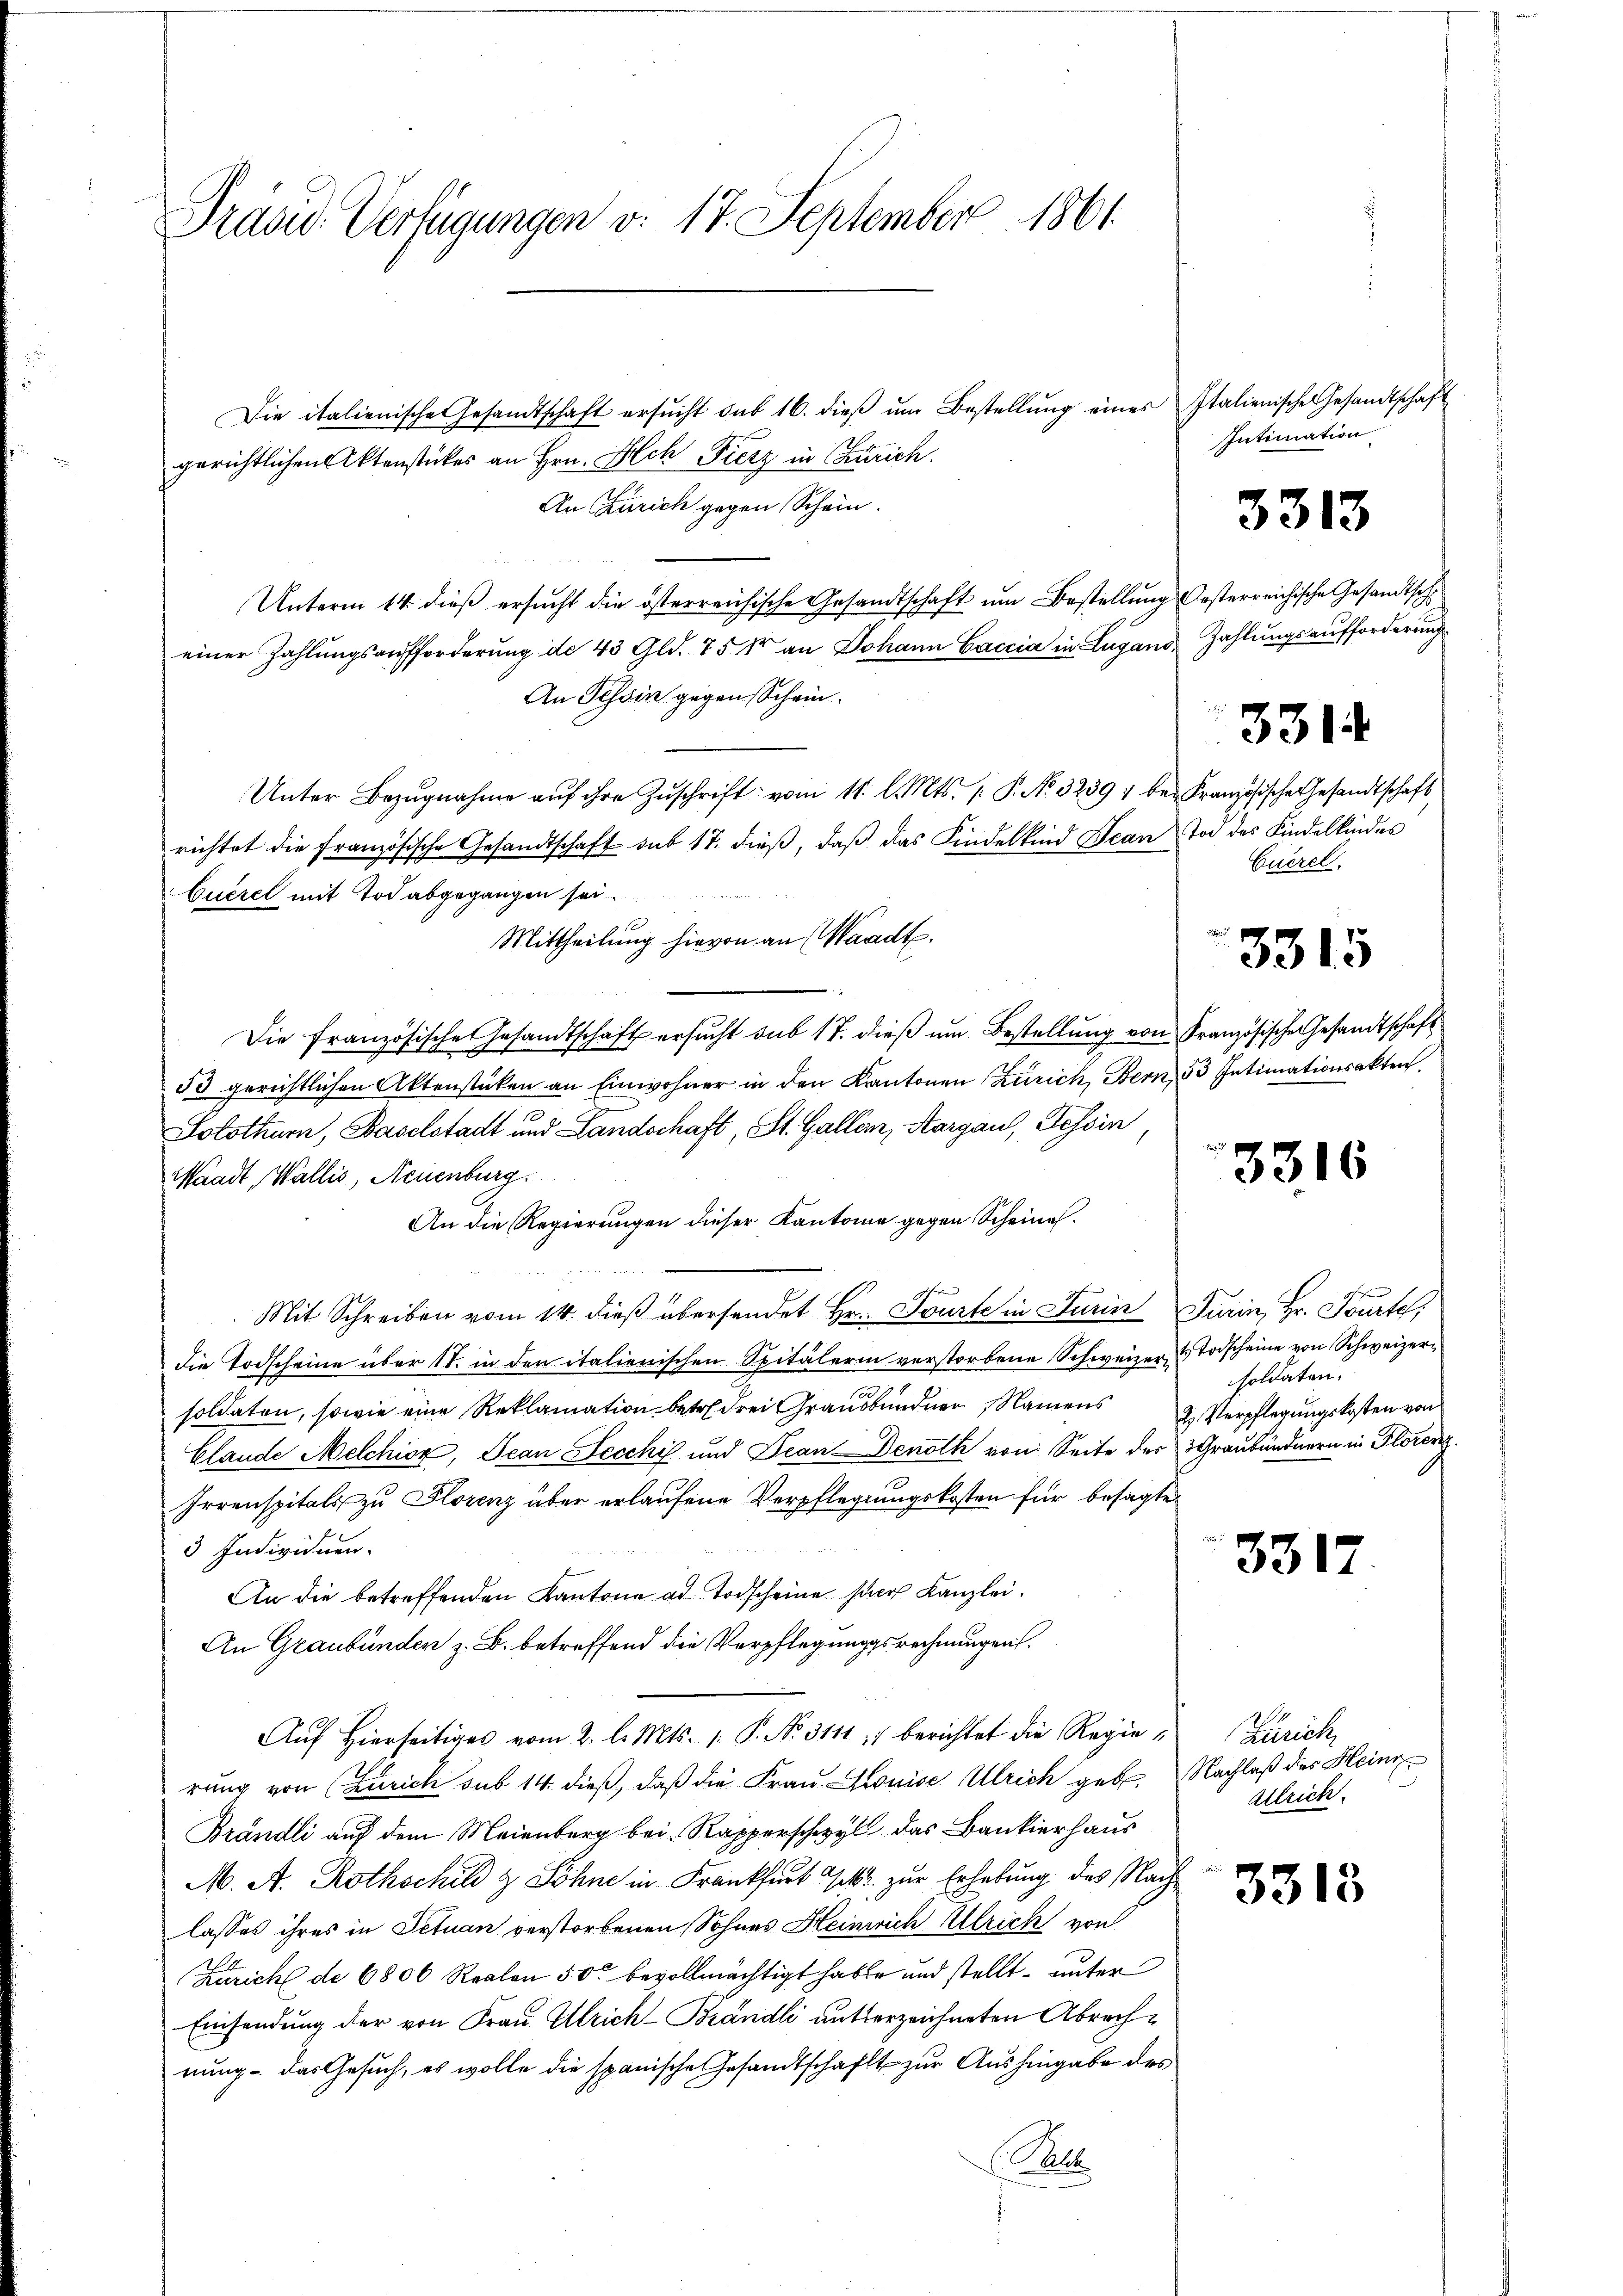
Präsid. Verfügungen v. 17. September 1861.

Die italienische Gesandtschaft ersŭcht sub 16. dieβ ŭm Bestellŭng eines Italienische Gesandtschaft
gerichtlichen Aktenstückes an Hrn. Ach Fierz in Zürich.
An Zürich gegen Schein.
Unterm 14. dieß ersucht die österreichische Gesandtschaft um Bestellung Oesterreichische Gesandtsch
einer Zahlungsaufforderung der 43 Gld. 75 kr an Johann Caccia in Lugano Zahlungsaufforderung
An Tessin gegen Schein.
Unter Bezŭgnahme aŭf ihre Zŭschrift vom 11. l. Mts. (: P. No. 3239; bei Französische Gesandtschaft
richtet die Französische Gesandtschaft sub 17. dieß, daß das Kindelkind Jean Tod des Kindelkindes
Cuezel mit Tod abgegangen sei.
Mittheilung hievon an Waadt.
Die französische Gesandtschaft ersŭcht sub 17. dieβ ŭm Bestellŭng von Französische Gesandtschaft
53 gerichtlichen Aktenstücken an Einwohner in den Kantonen Zürich, Bern, 53 Intimationsakten.
Solothurn, Baselstadt und Landschaft, St. Gallen, Aargau, Tessin
Waadt, Wallis, Neuenburg
An die Regierungen dieser Kantone gegen Scheines.
Mit Schreiben vom 14. dieß übersendet Hr. Tourte in Turin Turin, Hr. Tourte,
die Todscheine über 11. in den italienischen Spitälerin verstorbene Schweizer Todscheine von Schweizersoldaten, sowie eine Reklamation betr. drei Grausbundner, Namens Verpflegungskosten von
Clande Melchior, Jean Secchi und Jean Denoth von Seite der 3 Graubündnern in Florenz
Irrenspitals zu Florenz über erlaufene Verpflegungskosten für besagte
3 Individuen.
An die betreffenden Kantone ad Todscheine ser Kanzlei.
An Graubünden z. B. betreffend die Verpflegungsrechnungen.
Aŭf Hierseitiges vom 2. l. Mts. 1. P. No. 3111, berichtet die Regierung von (Zürich sub 14. dieß, daß die Frau Grouise Ulrich geb. Nachlaß des Heinr
Brändli auf dem Meienberg bei Rapperschwyl das Bankierhaus
M. A. Rothschild & Söhne in Krankfurt Jes. zur Erhebung des Nachlasses ihres in Setuan verstorbenen Sohnes Heinrich Ulrich von
Zürich de 6806 Realon 50 bevollmächtigt habe und stellt unter
Einsendung der von Frau Ulrich-Brändli autterzeichneten Abrechnung - das Gesuch, es wolle die spanische Gesandtschaft zur Aushingabe des
Rat.

Intimation

3313

Euerel.

331

3315

3316

soldaten.
.

3317

Zürich
Allrich.

3313